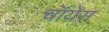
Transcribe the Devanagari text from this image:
चॉयेस़